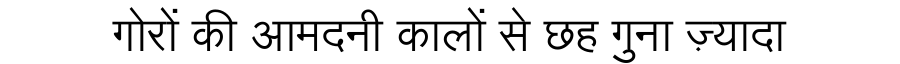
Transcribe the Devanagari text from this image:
गोरों की आमदनी कालों से छह गुना ज़्यादा